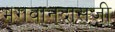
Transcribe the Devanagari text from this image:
भगवान्‌दासजी